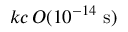
k c \, { \cal O } ( 1 0 ^ { - 1 4 } ~ \mathrm { s } )